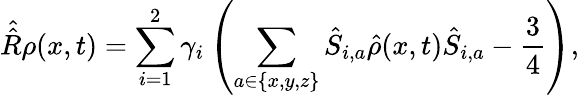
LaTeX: \hat{\hat{R}}\rho(x,t)=\sum_{i=1}^{2}{{\gamma_{i}}\left({\sum_{a\in\{ x,y,z\} }{{{\hat{S}}_{i,a}}\hat{\rho}(x,t){{\hat{S}}_{i,a}}-\frac{3}{4}}}\right)},